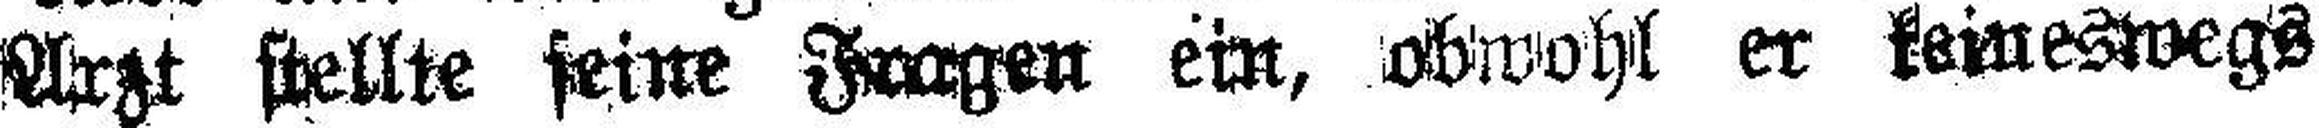
Der Arzt stellte seine Fragen ein, obwohl er keineswegs